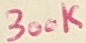
Text: 300K